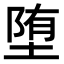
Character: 堕